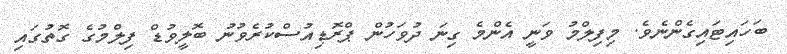
ބަހައިޓައިގެންނެވެ. މިފިލްމު ވަނީ އެންމެ ގިނަ ދުވަހުން ޕްރޮޑިއުސްކުރެވުނު ބޮލީވުޑް ފިލްމުގެ ގޮތުގައި